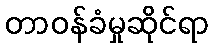
တာဝန်ခံမှုဆိုင်ရာ